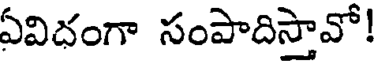
ఏవిధంగా సంపాదిస్తావో!